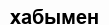
хабымен